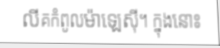
លីគកំពូលម៉ាឡេស៊ី។ ក្នុងនោះ